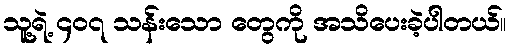
သူ့ရဲ့ ၄၀၇ သန်းသော တွေကို အသိပေးခဲ့ပါတယ်။